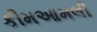
કીમઆમલી